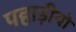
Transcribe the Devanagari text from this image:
पहाड़ीयो